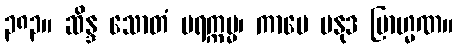
၃၈၃။ ဆိန္ဒ သောတံ ပရက္ကမ္မ၊ ကာမေ ပနုဒ ဗြာဟ္မဏ။